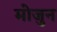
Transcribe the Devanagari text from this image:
मोजुन